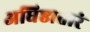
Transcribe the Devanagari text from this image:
अधिष्ठातारं